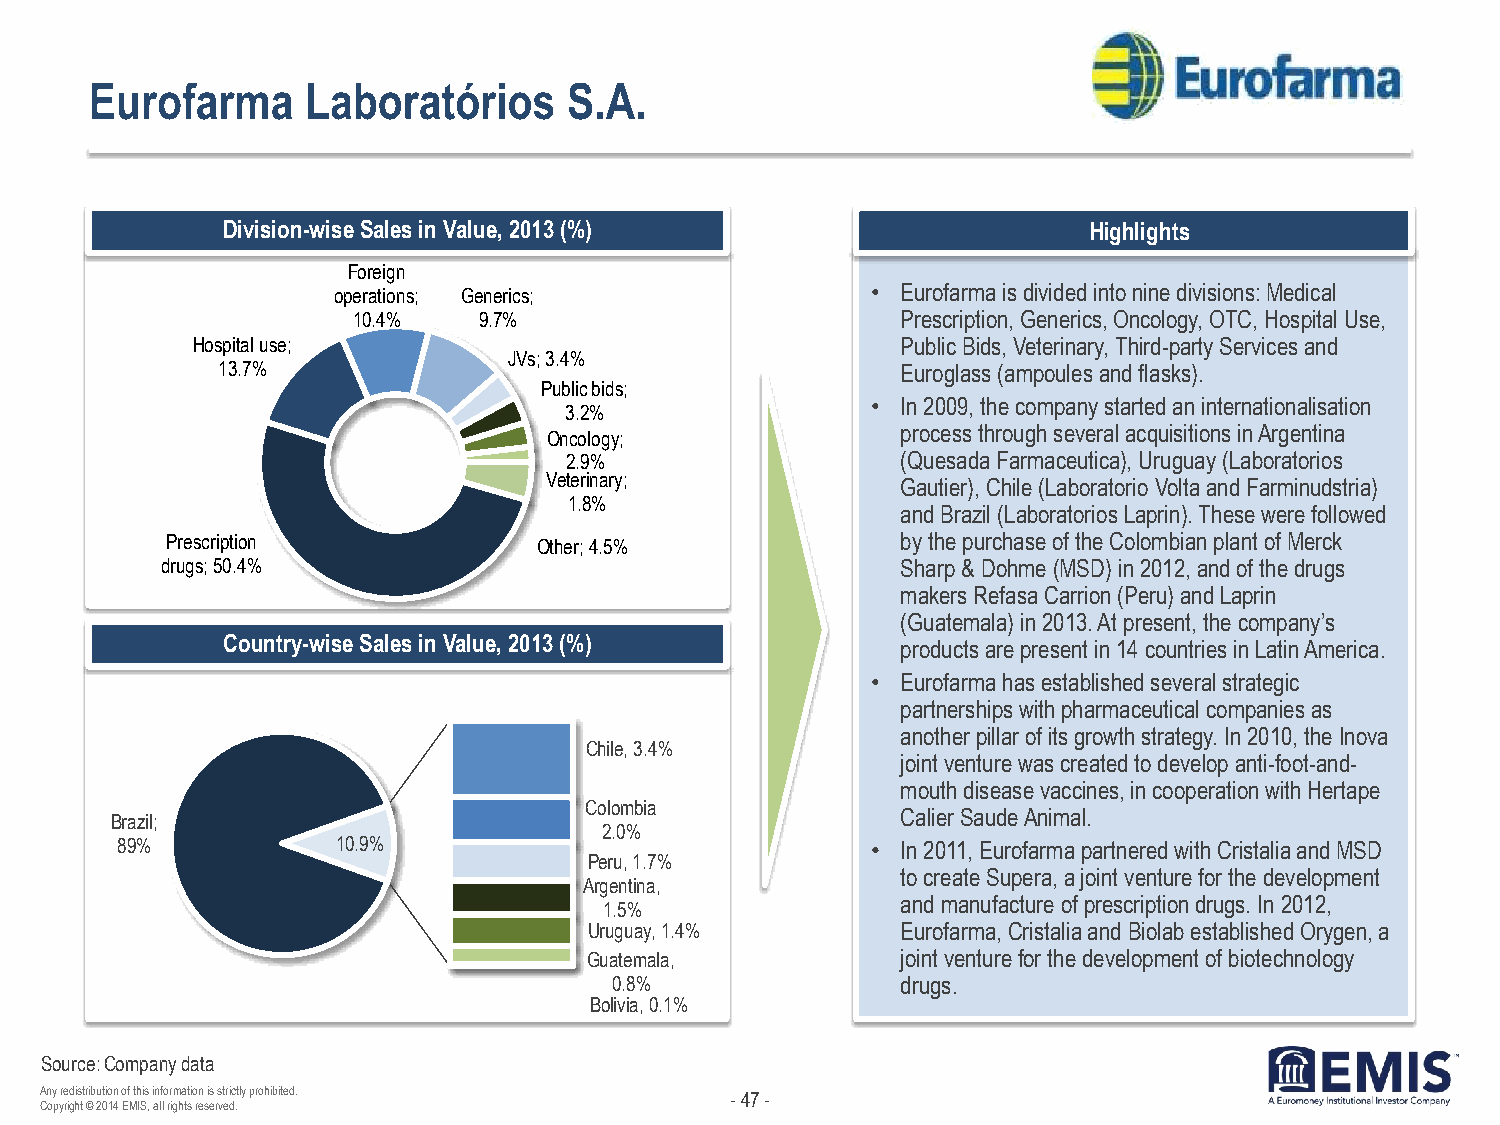
Eurofarma     Laboratórios      S.A.
 Division-wise Sales in Value, 2013 (%)                   Highlights
 Foreign
 operations; Generics;               • Eurofarma is divided into nine divisions: Medical
 10.4%    9.7%                        Prescription, Generics, Oncology, OTC, Hospital Use,
 Hospital use;                                  Public Bids, Veterinary, Third-party Services and
 JVs; 3.4%
 13.7%                                         Euroglass (ampoules and flasks).
 Public bids;
 • In 2009, the company started an internationalisation
 3.2%
 process through several acquisitions in Argentina
 Oncology;
 2.9%                   (Quesada Farmaceutica), Uruguay (Laboratorios
 Veterinary;             Gautier), Chile (Laboratorio Volta and Farminudstria)
 1.8%
 and Brazil (Laboratorios Laprin). These were followed
 Prescription             Other; 4.5%             by the purchase of the Colombian plant of Merck
 drugs; 50.4%                                     Sharp & Dohme (MSD) in 2012, and of the drugs
 makers Refasa Carrion (Peru) and Laprin
 (Guatemala) in 2013. At present, the company’s
 Country-wise Sales in Value, 2013 (%)        products are present in 14 countries in Latin America.
 • Eurofarma has established several strategic
 partnerships with pharmaceutical companies as
 another pillar of its growth strategy. In 2010, the Inova
 Chile, 3.4%
 joint venture was created to develop anti-foot-and-
 mouth disease vaccines, in cooperation with Hertape
 Colombia
 Calier Saude Animal.
 Brazil;
 2.0%
 89%           10.9%                               • In 2011, Eurofarma partnered with Cristalia and MSD
 Peru, 1.7%
 to create Supera, a joint venture for the development
 Argentina,
 and manufacture of prescription drugs. In 2012,
 1.5%
 Uruguay, 1.4%        Eurofarma, Cristalia and Biolab established Orygen, a
 Guatemala,           joint venture for the development of biotechnology
 0.8%               drugs.
 Bolivia, 0.1%
 Source: Company data
 Any redistribution of this information is strictly prohibited. - 47 -
 Copyright © 2014 EMIS, all rights reserved.